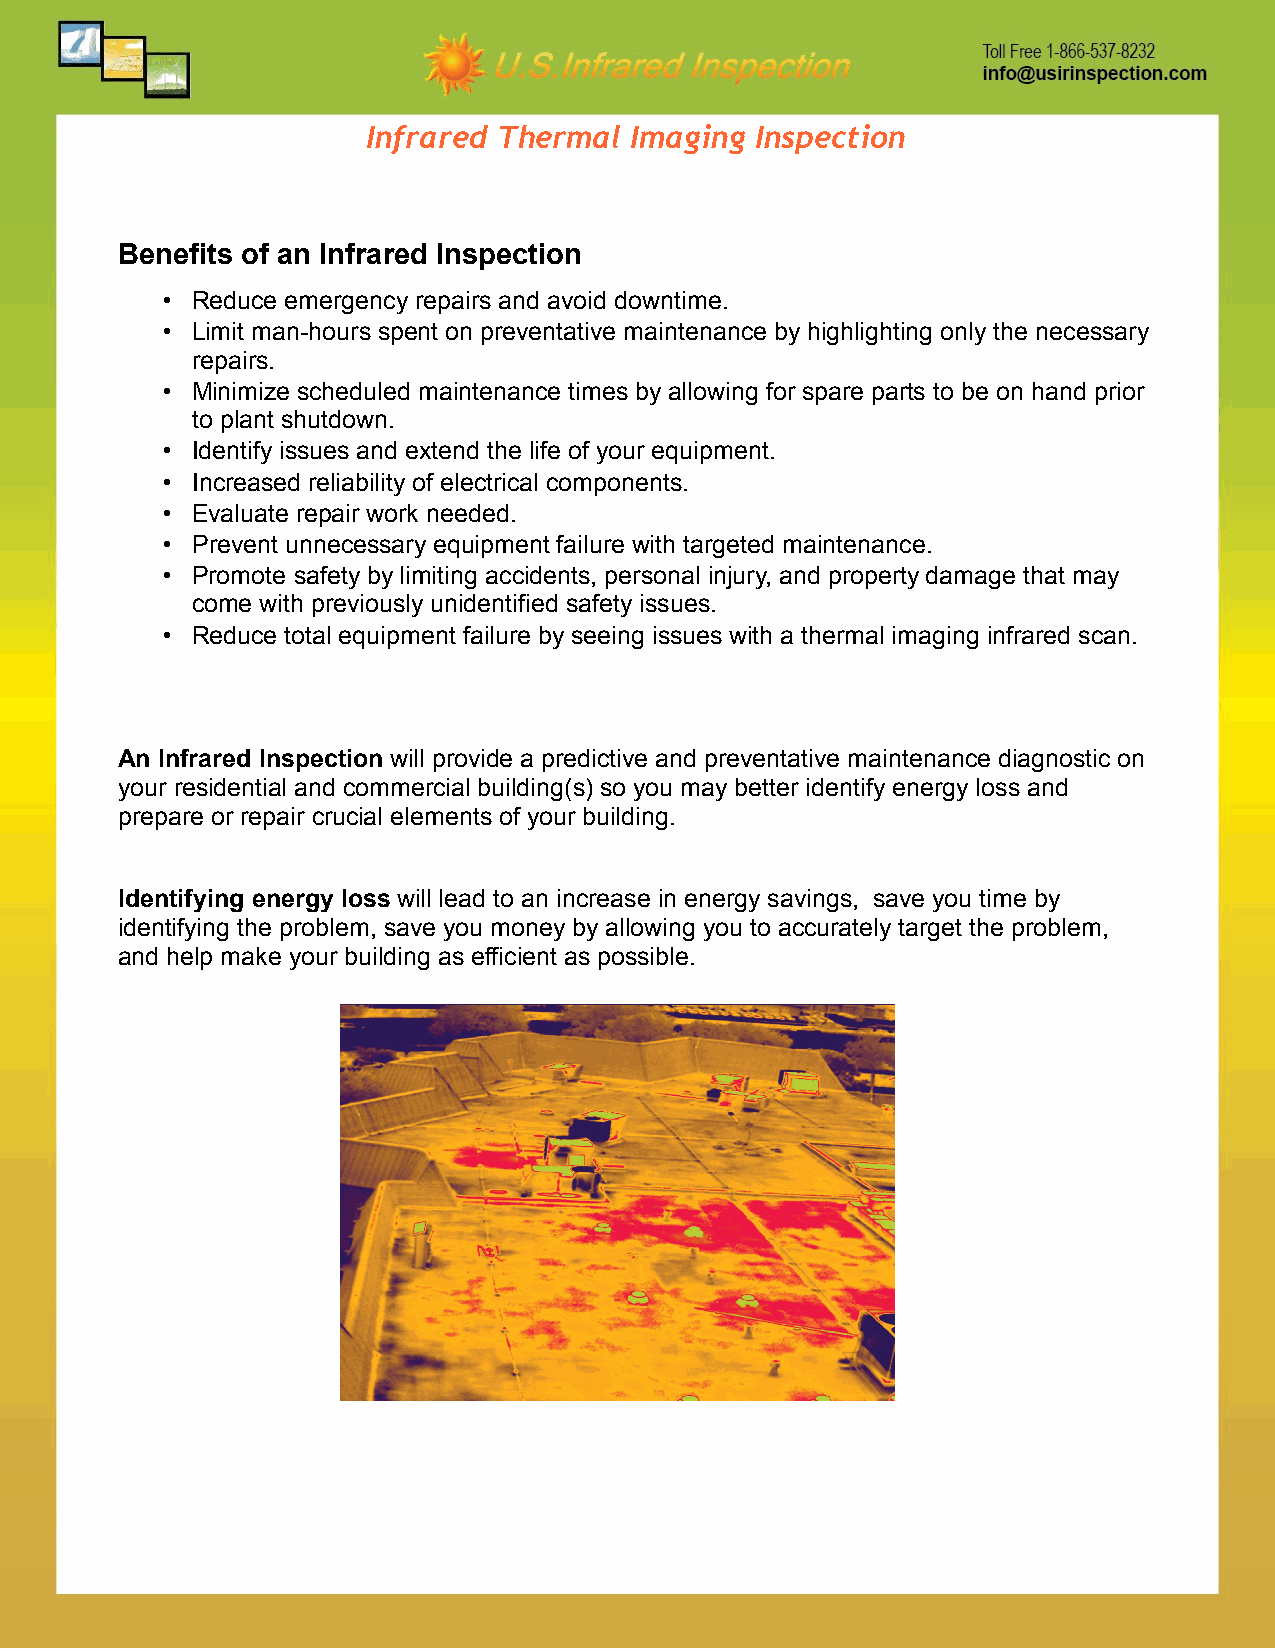
Infrared Thermal  Imaging Inspection
 Benefits of an Infrared Inspection
 • Reduce emergency repairs and avoid downtime.
 • Limit man-hours spent on preventative maintenance by highlighting only the necessary
 repairs.
 • Minimize scheduled maintenance times by allowing for spare parts to be on hand prior
 to plant shutdown.
 • Identify issues and extend the life of your equipment.
 • Increased reliability of electrical components.
 • Evaluate repair work needed.
 • Prevent unnecessary equipment failure with targeted maintenance.
 • Promote safety by limiting accidents, personal injury, and property damage that may
 come with previously unidentified safety issues.
 • Reduce total equipment failure by seeing issues with a thermal imaging infrared scan.
 An Infrared Inspection will provide a predictive and preventative maintenance diagnostic on
 your residential and commercial building(s) so you may better identify energy loss and
 prepare or repair crucial elements of your building.
 Identifying energy loss will lead to an increase in energy savings, save you time by
 identifying the problem, save you money by allowing you to accurately target the problem,
 and help make your building as efficient as possible.